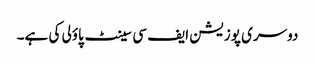
دوسری پوزیشن ایف سی سینٹ پاؤلی کی ہے۔